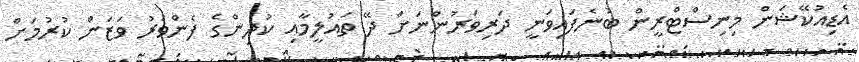
އެޑިއުކޭޝަން މިނިސްޓްރީން ބުނެފައިވަނީ ދަރިވަރުންނަށް ދޭ ތައުލީމާއި ކުދިންގެ ފެންވަރު ވަޒަން ކުރުމަށް